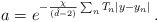
LaTeX: \begin{align*}a=e^{-\frac{\chi}{(\hat{d}-2)}\sum_{n}T_{n}|y-y_{n}|}\, .\end{align*}